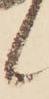
候